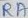
Text: RA